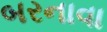
બરનાવા